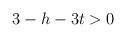
\begin{align*}3-h-3t > 0\; \end{align*}